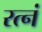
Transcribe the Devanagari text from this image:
रत्नं